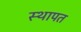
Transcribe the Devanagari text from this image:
स्थापत